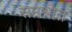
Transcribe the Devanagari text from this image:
सप्तश्रोत